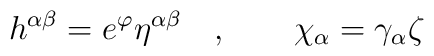
h^{\alpha\beta } =e^{\varphi } \eta^{\alpha\beta }\quad ,\qquad\chi_\alpha =\gamma_\alpha \zeta